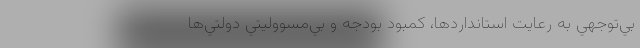
بي‌توجهي به رعايت استانداردها، كمبود بودجه و بي‌مسووليتي دولتي‌ها